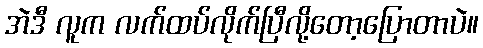
အဲဒီ လူက လက်ထပ်လိုက်ပြီလို့တော့ပြောတာပဲ။